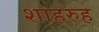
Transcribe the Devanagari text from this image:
शाहरुह